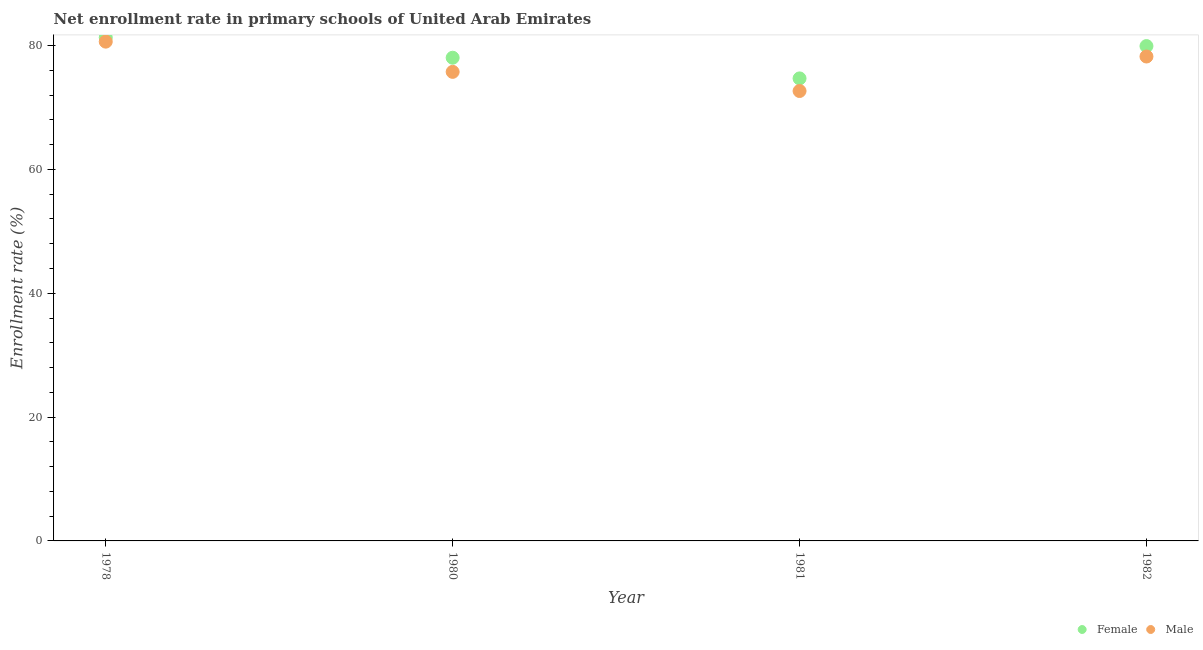
| Year | Female | Male |
 | --- | --- | --- |
 | 1978 | 81.3 | 80.6 |
 | 1980 | 78 | 75.8 |
 | 1981 | 74.7 | 72.7 |
 | 1982 | 79.9 | 78.2 |